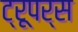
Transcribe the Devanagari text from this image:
ट्रूपर्स